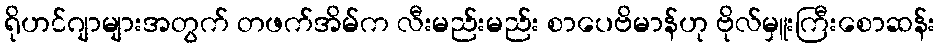
ရိုဟင်ဂျာများအတွက် တဖက်အိမ်က လီးမည်းမည်း စာပေဗိမာန်ဟု ဗိုလ်မှူးကြီးစောဆန်း